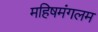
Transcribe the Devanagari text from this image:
महिषमंगलम